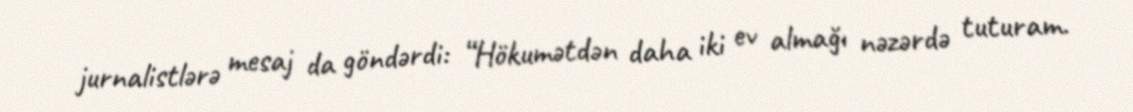
jurnalistlərə mesaj da göndərdi: “Hökumətdən daha iki ev almağı nəzərdə tuturam.